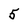
Character: 5